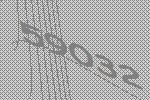
59032